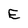
Character: E